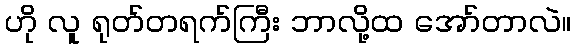
ဟို လူ ရုတ်တရက်ကြီး ဘာလို့ထ အော်တာလဲ။